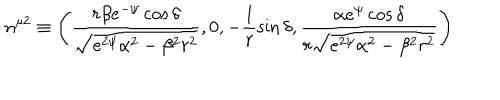
LaTeX: n ^ { \mu 2 } \equiv \left( \frac { r \beta e ^ { - \psi } \cos \delta } { \sqrt { e ^ { 2 \psi } \alpha ^ { 2 } - \beta ^ { 2 } r ^ { 2 } } } , 0 , - \frac { 1 } { r } \sin \delta , \frac { \alpha e ^ { \psi } \cos \delta } { r \sqrt { e ^ { 2 \psi } \alpha ^ { 2 } - \beta ^ { 2 } r ^ { 2 } } } \right)